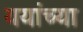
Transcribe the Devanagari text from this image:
ययांच्या